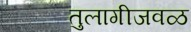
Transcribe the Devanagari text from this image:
तुलागीजवळ